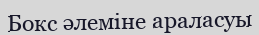
Бокс әлеміне араласуы